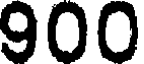
900